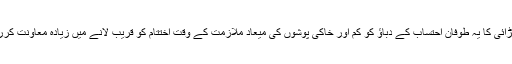
باہمی لڑائی کا یہ طوفان احتساب کے دباؤ کو کم اور خاکی پوشوں کی میعادِ ملازمت کے وقتِ اختتام کو قریب لانے میں زیادہ معاونت کررہا ہے۔